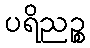
ပရိညဉ္စ